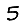
Digit: 5